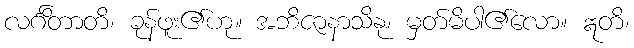
လင်္ဂိတာတိ၊ ခုန်ဖူး၏ဟု။ အဘိဇာနာသိနု၊ မှတ်မိပါ၏လော။ ဣတိ၊